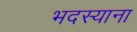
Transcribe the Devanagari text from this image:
भदस्याना